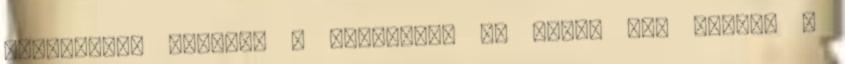
keringenek valahol a lakásban. Az pedig már szinte a